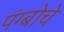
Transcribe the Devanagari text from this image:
पंग्बोचे